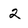
Character: 2